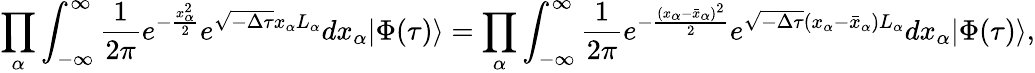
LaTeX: \prod_{\alpha}\int_{-\infty}^{\infty}\frac{1}{2\pi}e^{-\frac{x_{\alpha}^{2}}{2}}e^{\sqrt{-\Delta\tau}x_{\alpha}L_{\alpha}}dx_{\alpha}|\Phi(\tau)\rangle=\prod_{\alpha}\int_{-\infty}^{\infty}\frac{1}{2\pi}e^{-\frac{(x_{\alpha}-\bar{x}_{\alpha})^{2}}{2}}e^{\sqrt{-\Delta\tau}(x_{\alpha}-\bar{x}_{\alpha})L_{\alpha}}dx_{\alpha}|\Phi(\tau)\rangle,